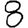
Digit: 8